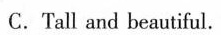
C.Tall and beautiful.